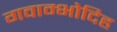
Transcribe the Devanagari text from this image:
गवाम्भोदिह